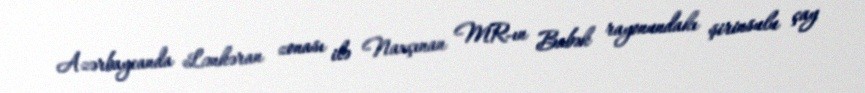
Azərbaycanda Lənkəran zonası ilə Naxçınan MR-ın Babək rayonundakı şirinsulu çay